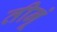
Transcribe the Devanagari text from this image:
तीनूं